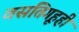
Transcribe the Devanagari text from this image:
वसतिगृहही